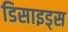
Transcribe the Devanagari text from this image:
डिसाइड्स